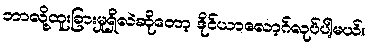
ဘာလို့ထူးခြားမှုရှိလဲဆိုတော့ ဒိုင်ယာလော့ဂ်လုပ်ပါ့မယ်။